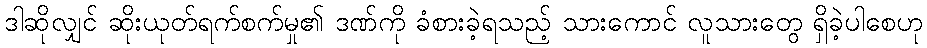
ဒါဆိုလျှင် ဆိုးယုတ်ရက်စက်မှု၏ ဒဏ်ကို ခံစားခဲ့ရသည့် သားကောင် လူသားတွေ ရှိခဲ့ပါစေဟု